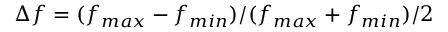
\Delta f = ( f _ { m a x } - f _ { m i n } ) / ( f _ { m a x } + f _ { m i n } ) / 2